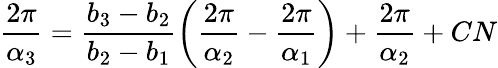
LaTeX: \frac{2\pi}{\alpha_{3}}=\frac{b_{3}-b_{2}}{b_{2}-b_{1}}\left(\frac{2\pi}{\alpha_{2}}-\frac{2\pi}{\alpha_{1}}\right)+\frac{2\pi}{\alpha_{2}}+CN